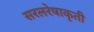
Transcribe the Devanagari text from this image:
सरलरेषाकृती